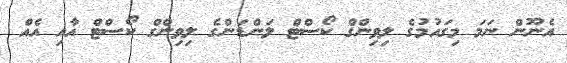
އެނޫން ނަމަ މިގައުމުގެ ލިވިންގް ކޯސްޓް ލަންޑަންގެ ލިވިންގް ކޯސްޓް އާއި އެއް